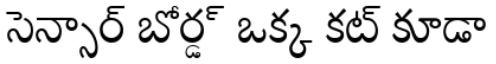
సెన్సార్ బోర్డ్ ఒక్క కట్ కూడా